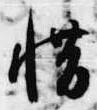
惜